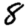
Digit: 8